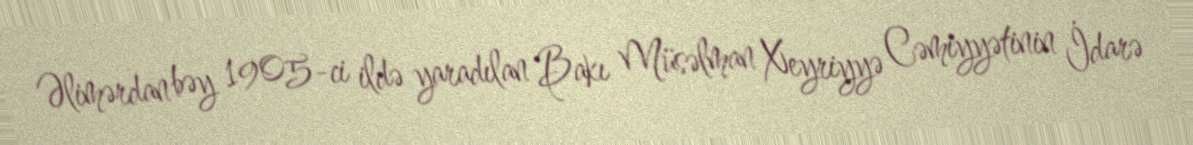
Əlimərdan bəy 1905-ci ildə yaradılan Bakı Müsəlman Xeyriyyə Cəmiyyətinin İdarə